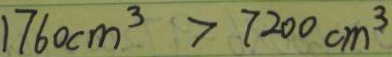
1 7 6 0 c m ^ { 3 } > 7 2 0 0 c m ^ { 3 }